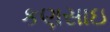
કણસાઇ